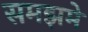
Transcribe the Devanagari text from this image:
समझमे